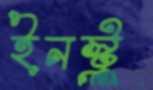
ইনস্ট্রু